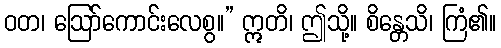
ဝတ၊ ဩော်ကောင်းလေစွ။” ဣတိ၊ ဤသို့။ စိန္တေသိ၊ ကြံ၏။